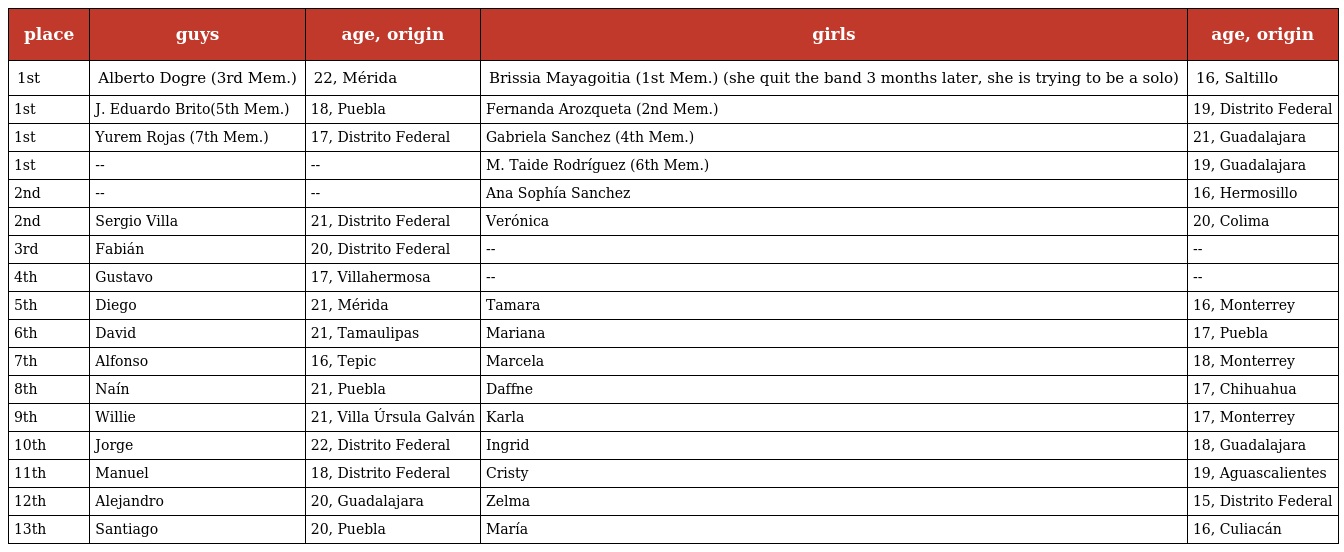
| place | guys | age, origin | girls | age, origin |
 | --- | --- | --- | --- | --- |
 | 1st | Alberto Dogre (3rd Mem.) | 22, Mérida | Brissia Mayagoitia (1st Mem.) (she quit the band 3 months later, she is trying to be a solo) | 16, Saltillo |
 | 1st | J. Eduardo Brito(5th Mem.) | 18, Puebla | Fernanda Arozqueta (2nd Mem.) | 19, Distrito Federal |
 | 1st | Yurem Rojas (7th Mem.) | 17, Distrito Federal | Gabriela Sanchez (4th Mem.) | 21, Guadalajara |
 | 1st | -- | -- | M. Taide Rodríguez (6th Mem.) | 19, Guadalajara |
 | 2nd | -- | -- | Ana Sophía Sanchez | 16, Hermosillo |
 | 2nd | Sergio Villa | 21, Distrito Federal | Verónica | 20, Colima |
 | 3rd | Fabián | 20, Distrito Federal | -- | -- |
 | 4th | Gustavo | 17, Villahermosa | -- | -- |
 | 5th | Diego | 21, Mérida | Tamara | 16, Monterrey |
 | 6th | David | 21, Tamaulipas | Mariana | 17, Puebla |
 | 7th | Alfonso | 16, Tepic | Marcela | 18, Monterrey |
 | 8th | Naín | 21, Puebla | Daffne | 17, Chihuahua |
 | 9th | Willie | 21, Villa Úrsula Galván | Karla | 17, Monterrey |
 | 10th | Jorge | 22, Distrito Federal | Ingrid | 18, Guadalajara |
 | 11th | Manuel | 18, Distrito Federal | Cristy | 19, Aguascalientes |
 | 12th | Alejandro | 20, Guadalajara | Zelma | 15, Distrito Federal |
 | 13th | Santiago | 20, Puebla | María | 16, Culiacán |